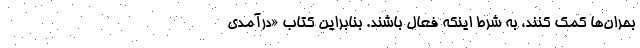
بحران‌ها کمک کنند، به شرط اینکه فعال باشند. بنابراین کتاب «درآمدی